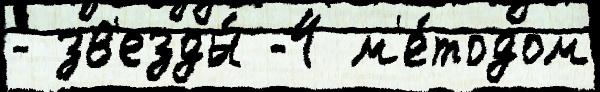
- зв'езды́ -4 м'е́тодом